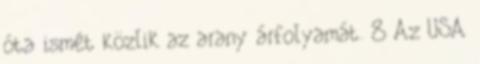
óta ismét közlik az arany árfolyamát. 8 Az USA